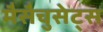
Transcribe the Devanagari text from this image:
मैसैचुसेट्स